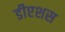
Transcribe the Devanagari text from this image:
डीएशस